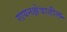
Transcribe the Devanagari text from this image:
गायनक्षेत्रातील